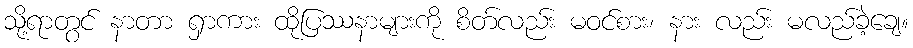
သို့ရာတွင် နာတာ ရှာကား ထိုပြဿနာများကို စိတ်လည်း မဝင်စား၊ နား လည်း မလည်ခဲ့ချေ။